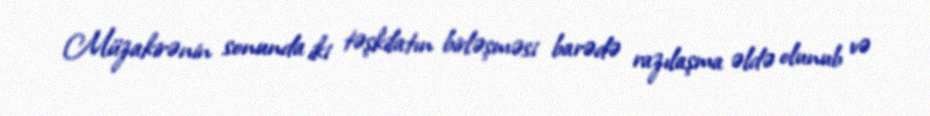
Müzakirənin sonunda iki təşkilatın birləşməsi barədə razılaşma əldə olunub və